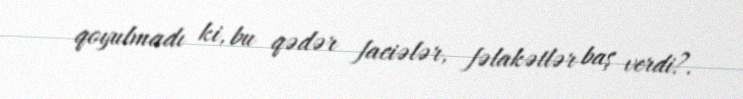
qoyulmadı ki, bu qədər faciələr, fəlakətlər baş verdi?.